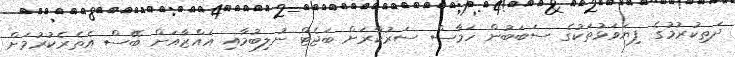
ދަތިކުރުމުގެ ފިޔަވަޅުތަކުގެ ސަބަބުން ހަމާސް ސަރުކާރަށް ބަޖެޓް ނުލިބުމާއި ޣައްޒާއަށް ބޭސް އެތެރެކުރުމަށް